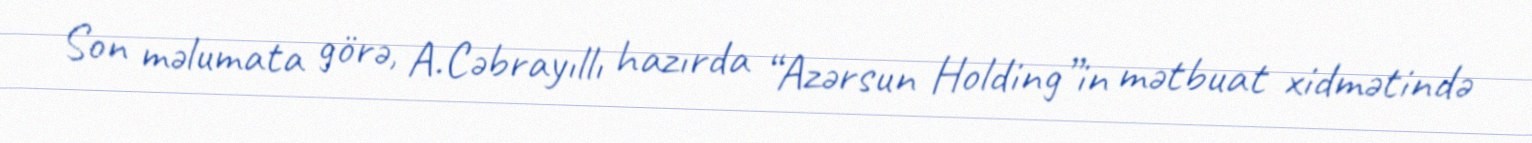
Son məlumata görə, A.Cəbrayıllı hazırda “Azərsun Holding”in mətbuat xidmətində